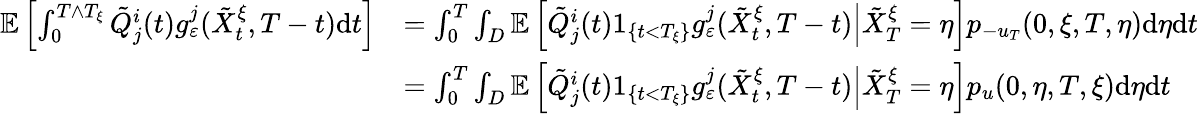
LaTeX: \begin{array}{rl}{\mathbb{E}\left[\int_{0}^{T\wedge T_{\xi}}\tilde{Q}_{j}^{i}(t)g_{\varepsilon}^{j}(\tilde{X}_{t}^{\xi},T-t)\textrm{d}t\right]}&{=\int_{0}^{T}\int_{D}\mathbb{E}\left[\left.\tilde{Q}_{j}^{i}(t)1_{\{ t<T_{\xi}\} }g_{\varepsilon}^{j}(\tilde{X}_{t}^{\xi},T-t)\right|\tilde{X}_{T}^{\xi}=\eta\right]p_{-u_{T}}(0,\xi,T,\eta)\textrm{d}\eta\textrm{d}t}\\ &{=\int_{0}^{T}\int_{D}\mathbb{E}\left[\left.\tilde{Q}_{j}^{i}(t)1_{\{ t<T_{\xi}\} }g_{\varepsilon}^{j}(\tilde{X}_{t}^{\xi},T-t)\right|\tilde{X}_{T}^{\xi}=\eta\right]p_{u}(0,\eta,T,\xi)\textrm{d}\eta\textrm{d}t}\end{array}